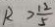
R > \frac { 1 2 } { 5 }